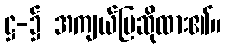
ဋ္ဌ-၌ အကျယ်ပြဆိုထား၏။